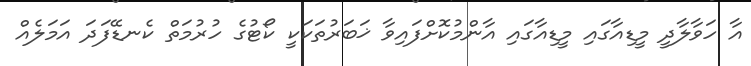
އާ ހަވާލާދީ މީޑިއާގައި މީޑިއާގައި އާންމުކޮށްފައިވާ ޚަބަރުތަކަކީ ކޯޓުގެ ހުރުމަތް ކެނޑޭފަދަ އަމަލެއް